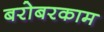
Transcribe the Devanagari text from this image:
बरोबरकाम